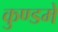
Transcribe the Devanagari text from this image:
कुण्डमे